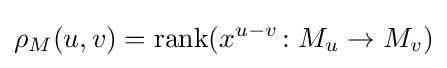
\rho _{M}(u,v)=\mathrm {rank} (x^{u-v}\colon M_{u}\to M_{v})